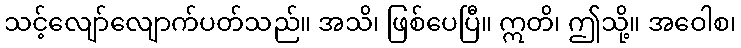
သင့်လျော်လျောက်ပတ်သည်။ အသိ၊ ဖြစ်ပေပြီ။ ဣတိ၊ ဤသို့။ အဝေါစ၊